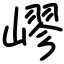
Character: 嵺